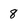
Character: 8